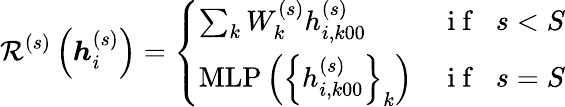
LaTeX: \mathcal{R}^{(s)}\left(\boldsymbol{h}_{i}^{(s)}\right)=\left\{ \begin{array}{ll}{\sum_{k}W_{k}^{(s)}h_{i,k00}^{(s)}}&{\mathrm{~i~f~}\; \; s<S}\\ {\mathrm{MLP}\left(\left\{ h_{i,k00}^{(s)}\right\} _{k}\right)}&{\mathrm{~i~f~}\; \; s=S}\end{array}\right.